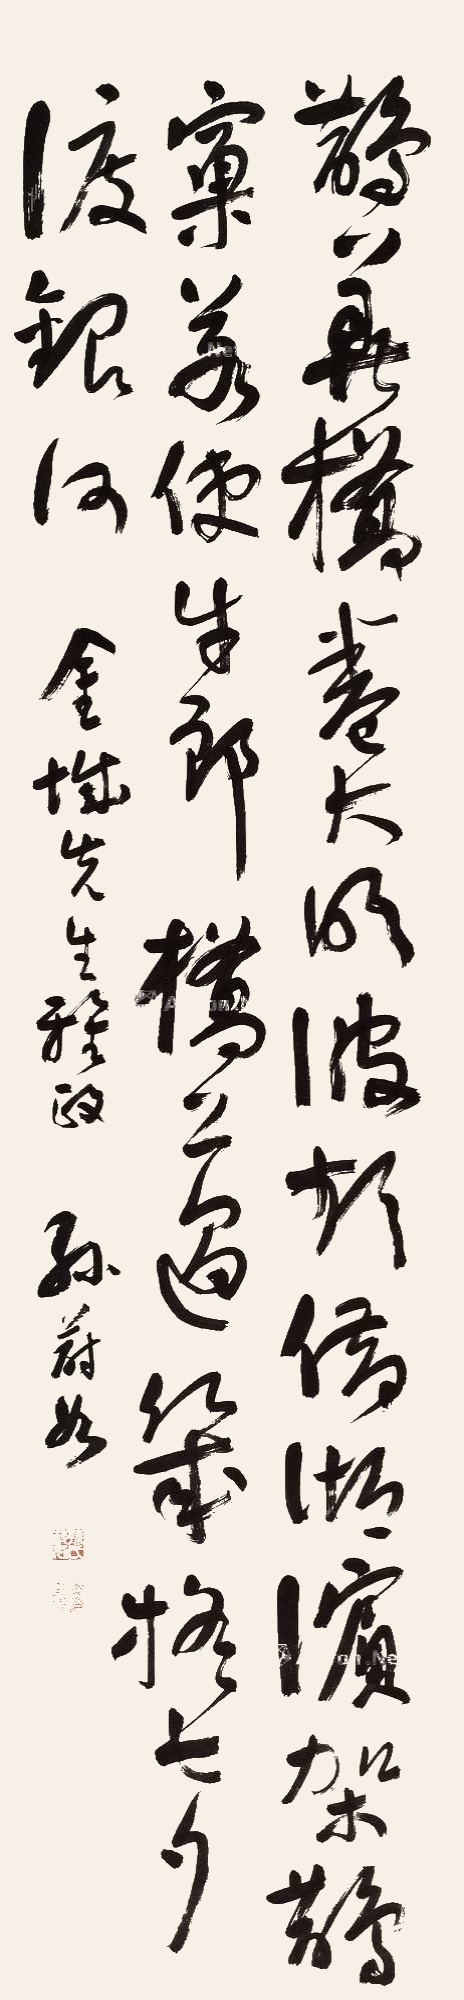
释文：鹊华桥卷大明波，频借湖滨架鹊窠。若使牛郎桥上过，几格七夕渡银河。金城先生雅政，孙蔚如。